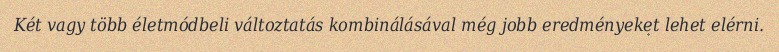
Két vagy több életmódbeli változtatás kombinálásával még jobb eredményeket lehet elérni.